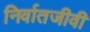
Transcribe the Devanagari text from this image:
निर्वातजीवी